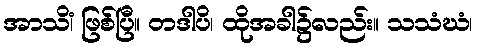
အာသိံ၊ ဖြစ်ပြီ။ တဒါပိ၊ ထိုအခါ၌လည်း။ သသံဃံ၊